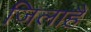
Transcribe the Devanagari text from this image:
जिलाहै